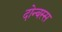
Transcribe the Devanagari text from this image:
दोन्बस्स